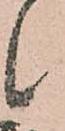
候